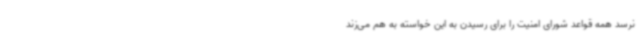
نرسد همه قواعد شورای امنیت را برای رسیدن به این خواسته به هم می‌زند